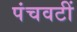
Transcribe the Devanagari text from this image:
पंचवटीं